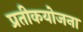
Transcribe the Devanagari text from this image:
प्रतीकयोजना